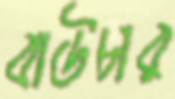
বাউচার